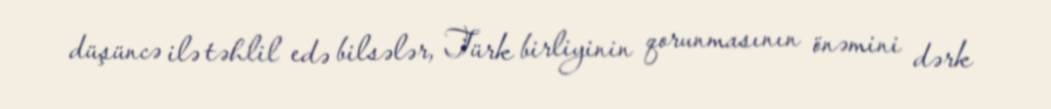
düşüncə ilə təhlil edə bilsələr, Türk birliyinin qorunmasının önəmini dərk